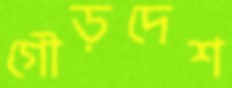
গৌড়দেশ